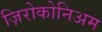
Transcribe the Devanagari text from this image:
ज़िरोकोनिअम